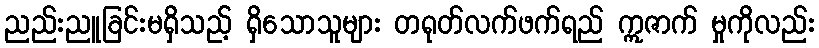
ညည်းညူခြင်းမရှိသည့် ရှိသောသူများ တရုတ်လက်ဖက်ရည် ဣဇာက် မှုကိုလည်း